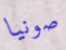
صونيا